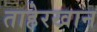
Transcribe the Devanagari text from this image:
ताहेरखान